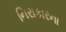
નિરાકારના